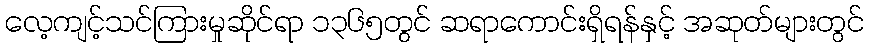
လေ့ကျင့်သင်ကြားမှုဆိုင်ရာ ၁၃၆၅တွင် ဆရာကောင်းရှိရန်နှင့် အဆုတ်များတွင်